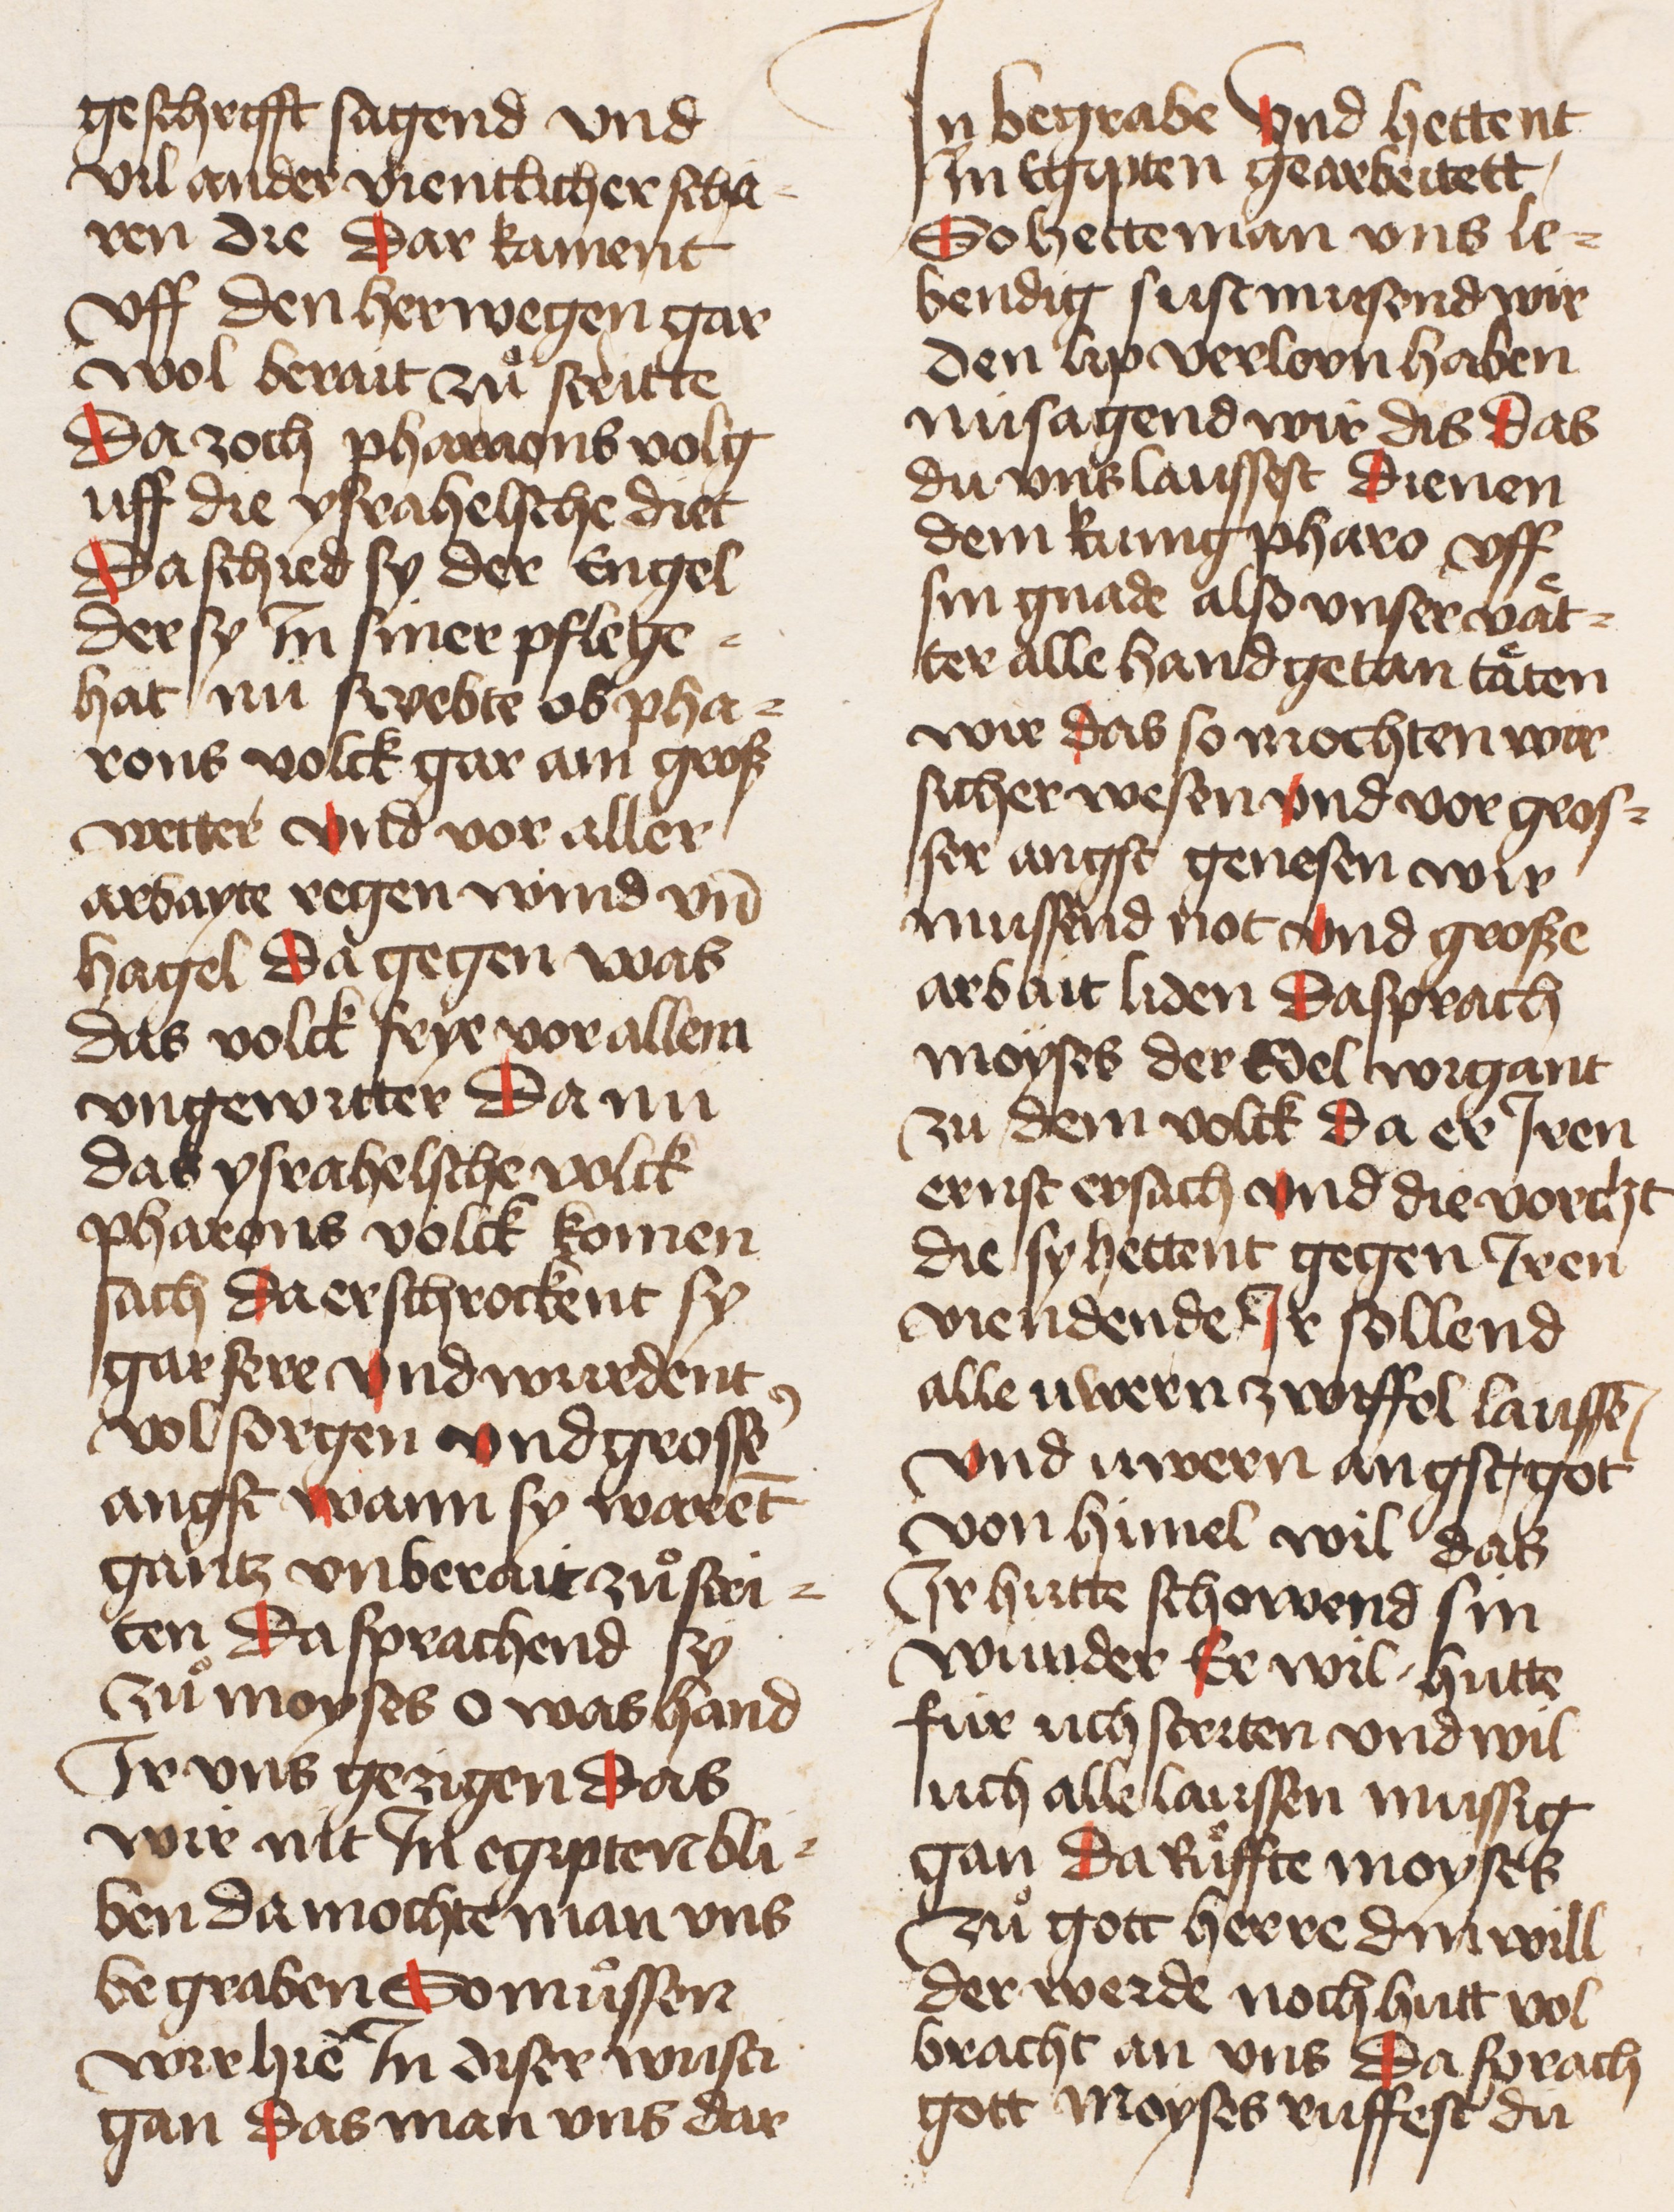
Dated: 1445–1455